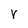
Character: r